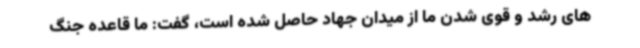
های رشد و قوی شدن ما از میدان جهاد حاصل شده است، گفت: ما قاعده جنگ